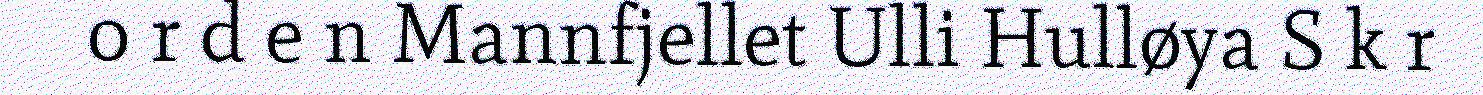
o r d e n Mannfjellet Ulli Hulløya S k r